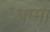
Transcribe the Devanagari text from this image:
पम्मा